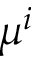
\mu ^ { i }